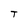
Character: T